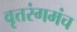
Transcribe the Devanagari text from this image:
वृत्तरंगमंच